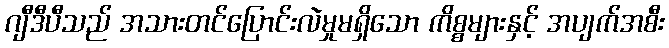
ဂျီဒီပီသည် အသားတင်ပြောင်းလဲမှုမရှိသော ကိစ္စများနှင့် အပျက်အစီး